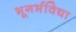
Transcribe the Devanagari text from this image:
भूगर्भविद्या